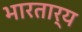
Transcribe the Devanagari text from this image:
भारतार्य